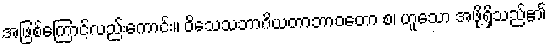
အဖြစ်ကြောင့်လည်းကောင်း။ ဝိသေသဘာဂိယတာဘာဝတော စ၊ ဟူသော အဖို့ရှိသည်၏